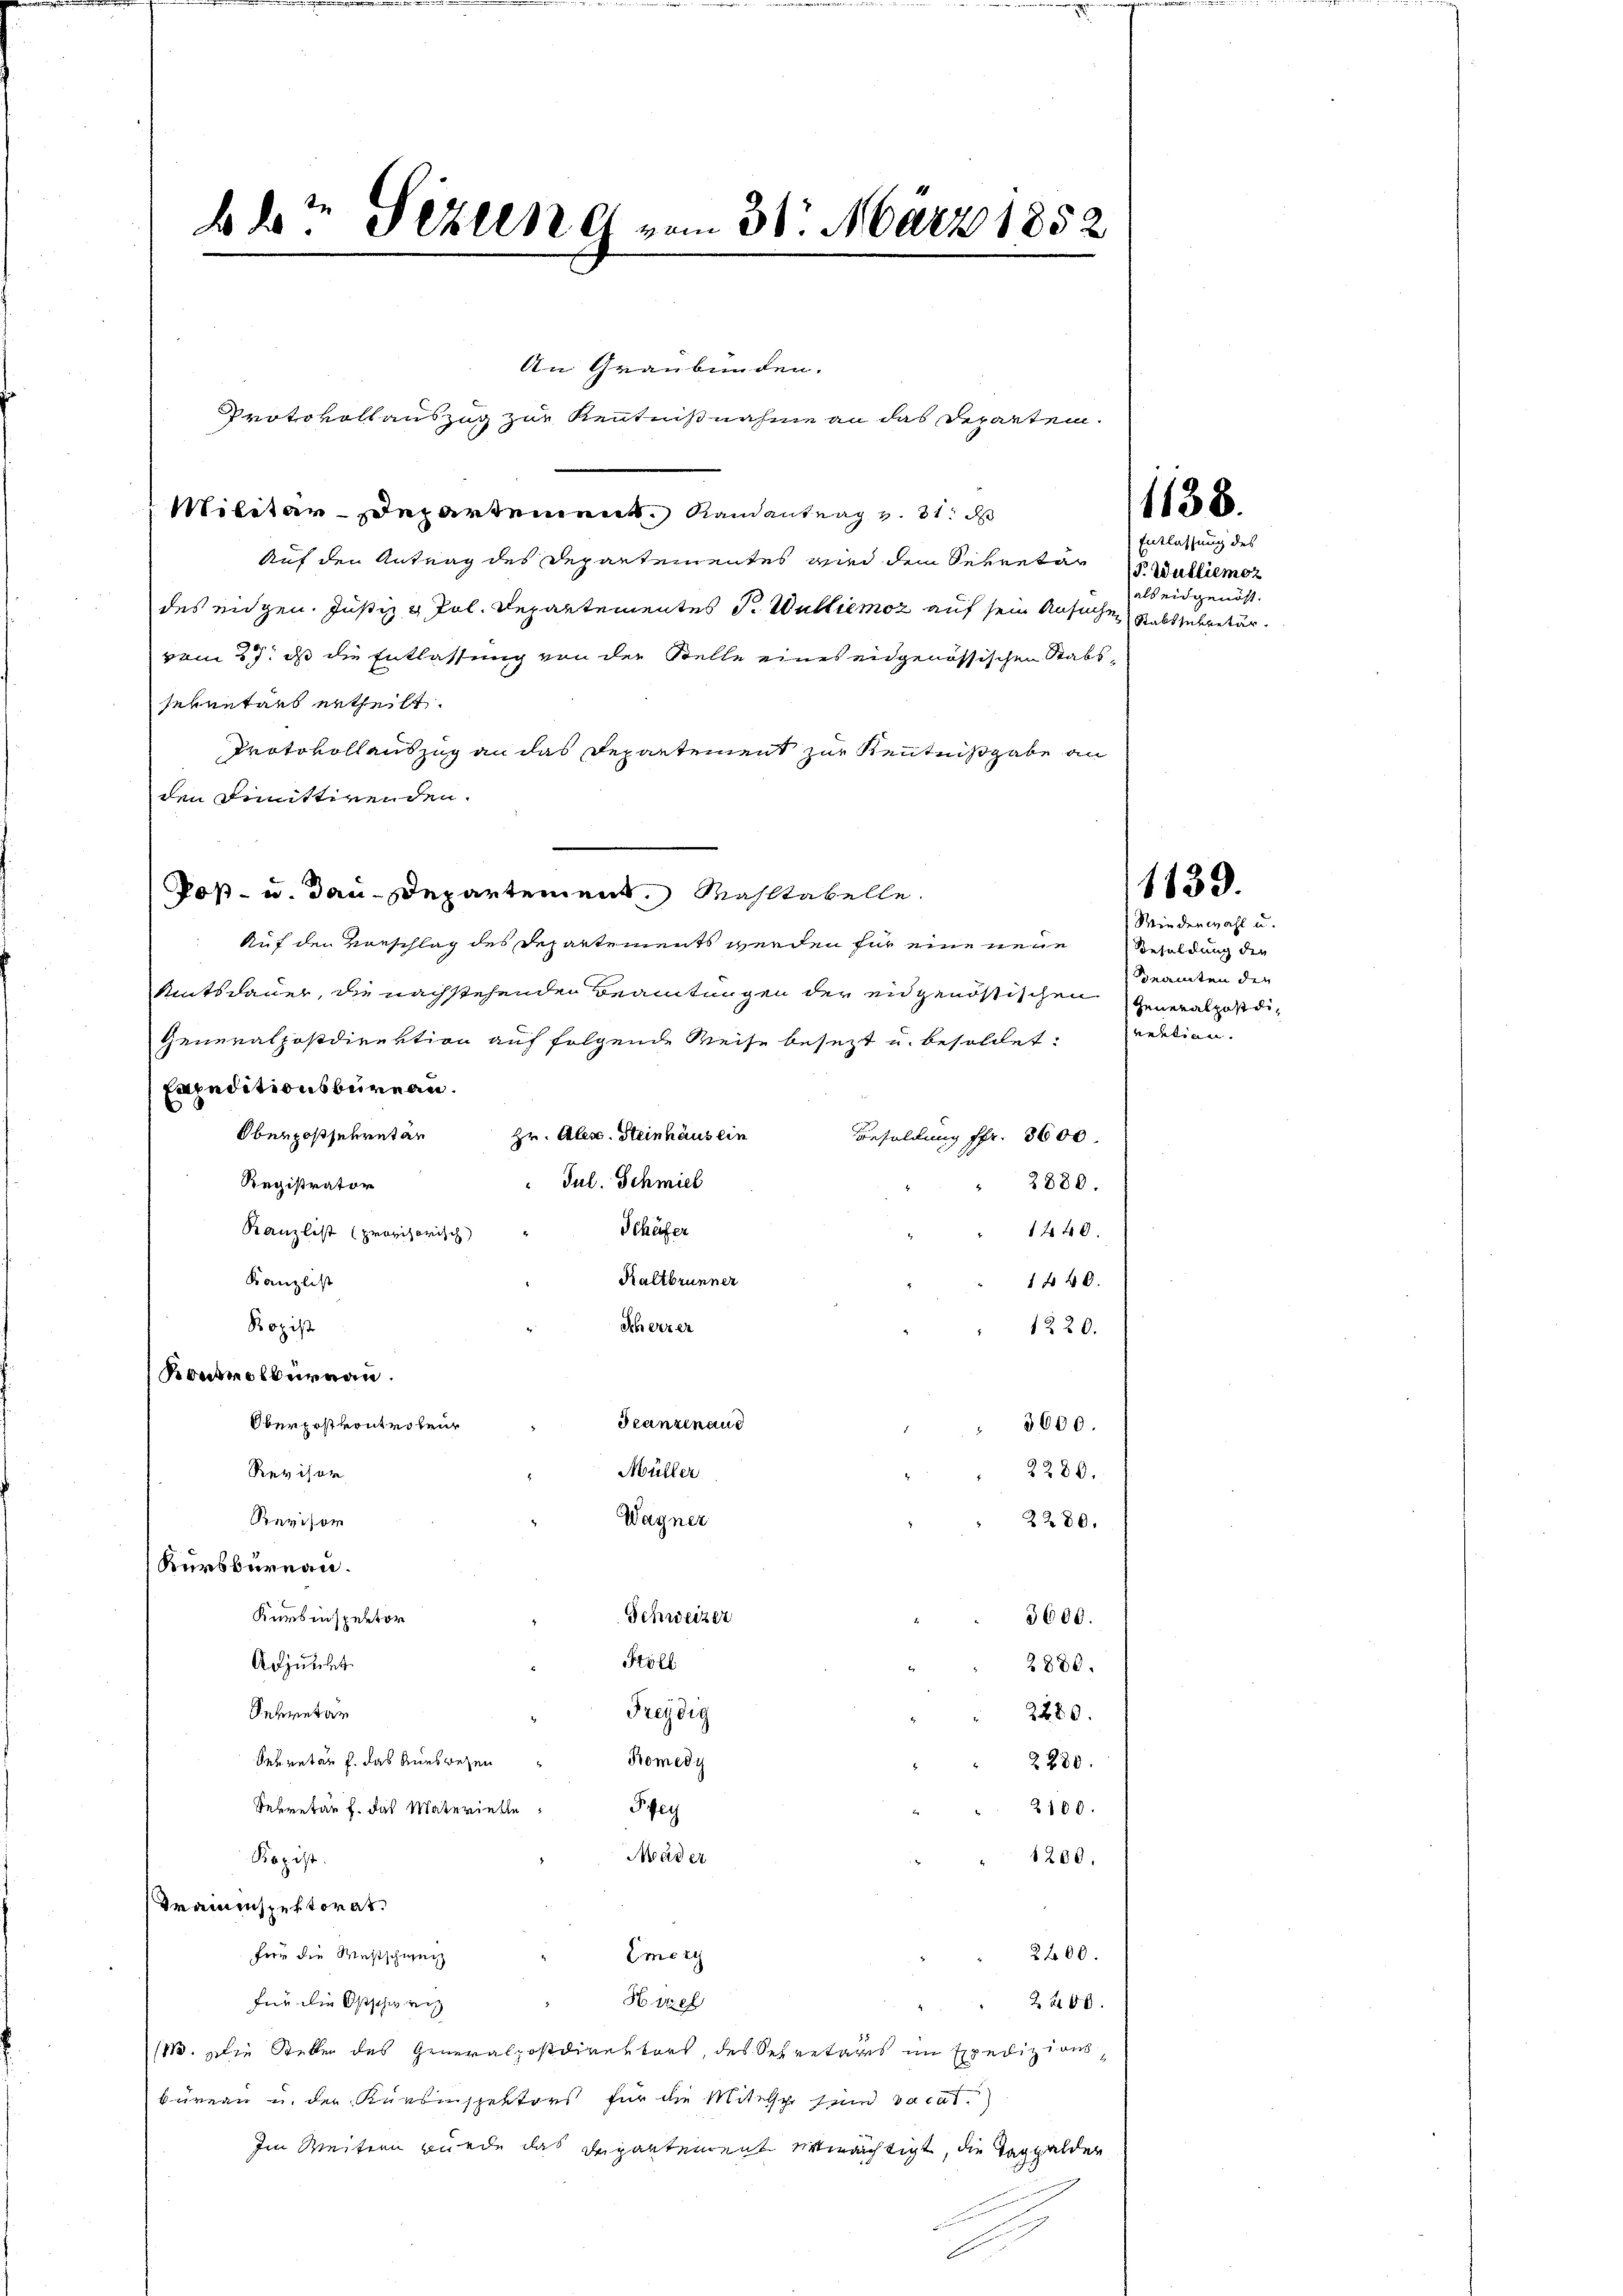
b der Sezung vom 31. März 1852

An Graubünden.
Protokollauszug zur Kenntnißnahme an das Departen.
Militär-Departement Randantrag v. 31. d
Auf den Antrag des Departementes wird dem Sekretär
des eidgen. Justiz & Pol. Departementes P. Wulliemoz auf sein Ansuchen Rablsekretär
vom 27. ds die Entlassung von der Stelle eines eidgenössischen Stabsseventars ertheilt.
Protokollauszug an das Departement zur Kenntnißgabe an
den dimittirenden.
Poß- u. dan Departement. Masstabelle
Auf den Vorschlag des Departements werden für eine neue Soldung die
Antsdauer, die nachstehenden Beamtungen der eidgenössischen Generalpostdi¬
Generalpostdirektion auf folgende Weise besezt u. besoldet: realien.
apeditionsbüreau.
Obergossekreten Hr. Alex. Steinhäus ein
Besoldung fr. 8600.
Jul. Schmiel
Registrator
2880.
Schäfer
1440.
Kanzlist (provisorisch
Kanzlist
Kaltbrunner
1440.
Sch erzer
Kopist
1220.
Kontrolbureau.
Scanzenaud
Oberpost vontrolen
3600.
2280.
Müller
Revisor
Wagner
Revisor
2280.
Kurbbüreau.
Schweizer
Kumbinspektor
3600.
Still
Adjunckt
2880.
Sekretär
Freydig
2480.
Bomedy
Sekretär f. das Auswesen
2230.
Sekretär f. das Materielle
Frey
2100.
Mäder
1200.
Kopist
Kraininspektorat.
2400.
Emeri
Für die Westschweiz
für die Ostschweiz
H sieb
2800.
(11. Die Stellen des Generalpostdirektors, des Secretäres im Expedizionsbüreau u. der Kürbissektors für die Mitelsch sind vacat.)
Im Weitern wurde das Departement ermächtigt, die Taggelder

1138.

Entlassung des
P. Wulliemoz
als eidgenöss.

1139.

Wiederwahl u.
Beamten den